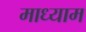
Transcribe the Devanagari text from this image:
माध्याम